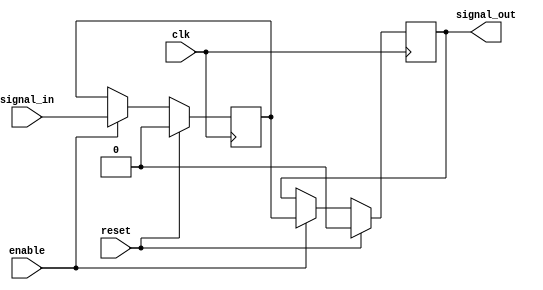
module TransmissionGateDelay(
    input wire clk,
    input wire reset,
    input wire enable,
    input wire signal_in,
    output reg signal_out
);

reg internal_signal;

always @(posedge clk) begin
    if (reset) begin
        internal_signal <= 1'b0;
        signal_out <= 1'b0;
    end else begin
        if (enable) begin
            internal_signal <= signal_in;
            signal_out <= internal_signal;
        end
    end
end

endmodule